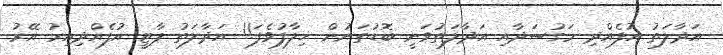
އަދާލަތު އުފެއްދި މަގުސަދާއި އަދާލަތުވަނީ ބޮޑުތަނުން ޚިލާފުވެފަ!! އަދާލަތު ޕާޓީ އުފެއްދިއިރު އޭރު